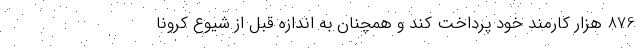
876 هزار کارمند خود پرداخت کند و همچنان به اندازه قبل از شیوع کرونا